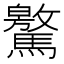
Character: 𩦨